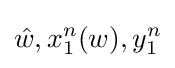
{\hat {w}},x_{1}^{n}(w),y_{1}^{n}